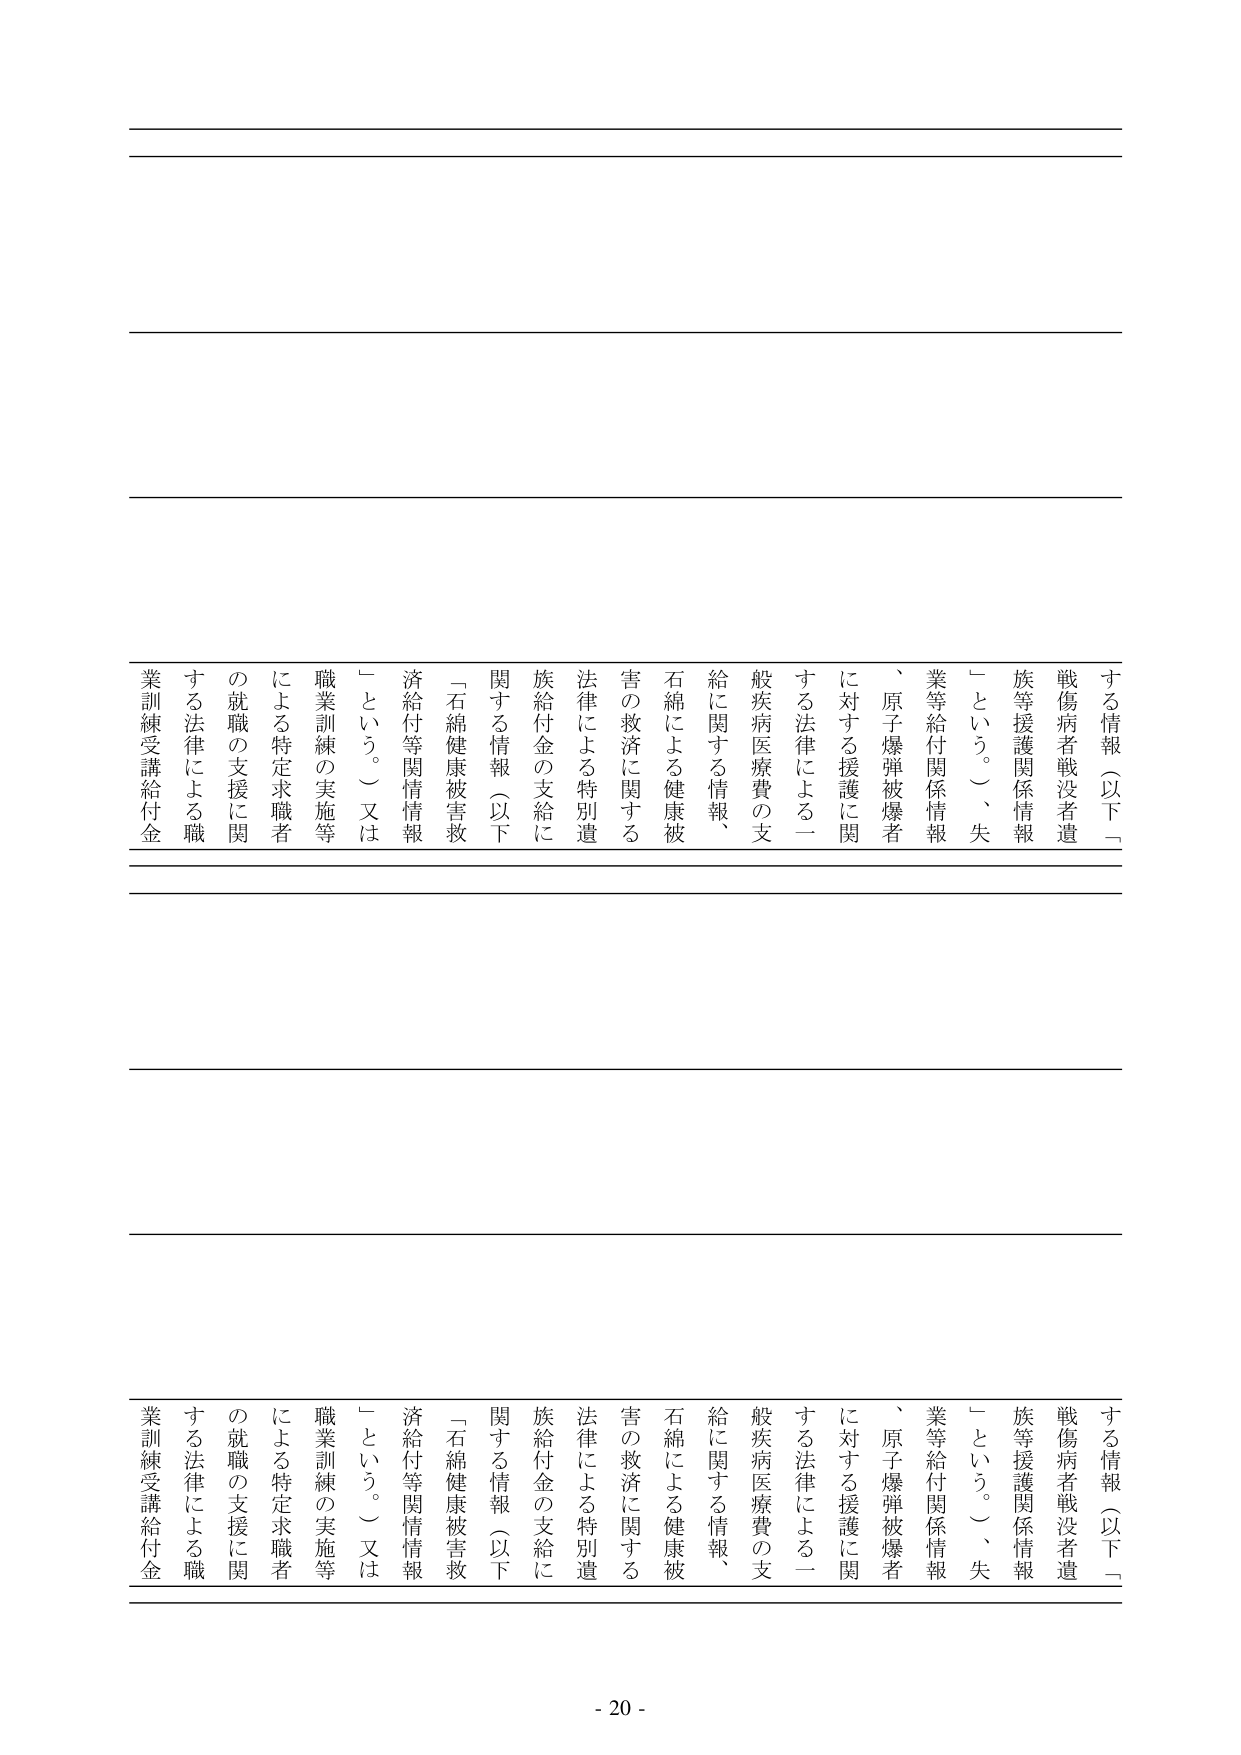
する情報（以下「
戦傷病者戦没者遺
族等援護関係情報
」という。）、失
業等給付関係情報
、原子爆弾被爆者
に対する援護に関
する法律による一
般疾病医療費の支
給に関する情報、
石綿による健康被
害の救済に関する
法律による特別遺
族給付金の支給に
関する情報（以下
「石綿健康被害救
済給付等関情報
」という。）又は
職業訓練の実施等
による特定求職者
の就職の支援に関
する法律による職
業訓練受講給付金

する情報（以下「
戦傷病者戦没者遺
族等援護関係情報
」という。）、失
業等給付関係情報
、原子爆弾被爆者
に対する援護に関
する法律による一
般疾病医療費の支
給に関する情報、
石綿による健康被
害の救済に関する
法律による特別遺
族給付金の支給に
関する情報（以下
「石綿健康被害救
済給付等関情報
」という。）又は
職業訓練の実施等
による特定求職者
の就職の支援に関
する法律による職
業訓練受講給付金

- 20 -